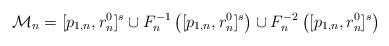
LaTeX: \begin{align*}\mathcal M_n=[p_{1,n},r^0_n]^s\cup F_n^{-1}\left([p_{1,n},r^0_n]^s\right)\cup F_n^{-2}\left([p_{1,n},r^0_n]^s\right)\end{align*}